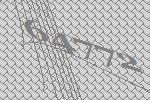
64772